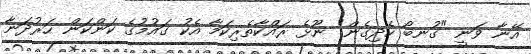
އޭނާ ވަނީ "ގުނބޯ ހެދިގެން" ނޫޅެ ރައްކާތެރިކަމާ އެކު ގައުމުގެ ކަންކަން ހަރުދަނާ